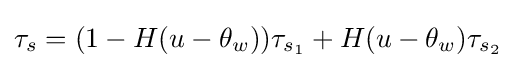
\tau _{s}=(1-H(u-\theta _{w}))\tau _{s_{1}}+H(u-\theta _{w})\tau _{s_{2}}